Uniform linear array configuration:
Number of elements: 12
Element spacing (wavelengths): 0.25
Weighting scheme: cosine
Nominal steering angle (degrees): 45
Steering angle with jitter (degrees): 46.683
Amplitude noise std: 0.05
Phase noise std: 0.05

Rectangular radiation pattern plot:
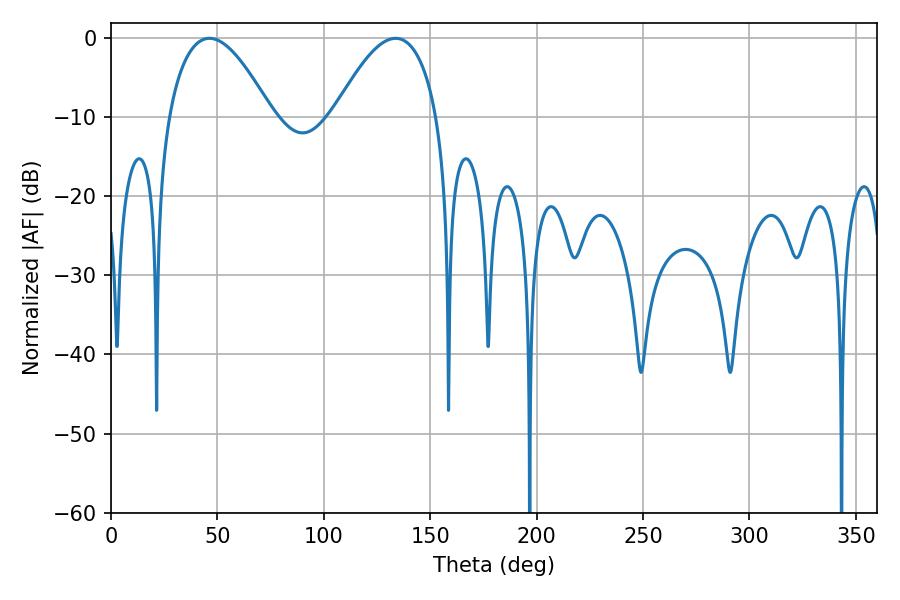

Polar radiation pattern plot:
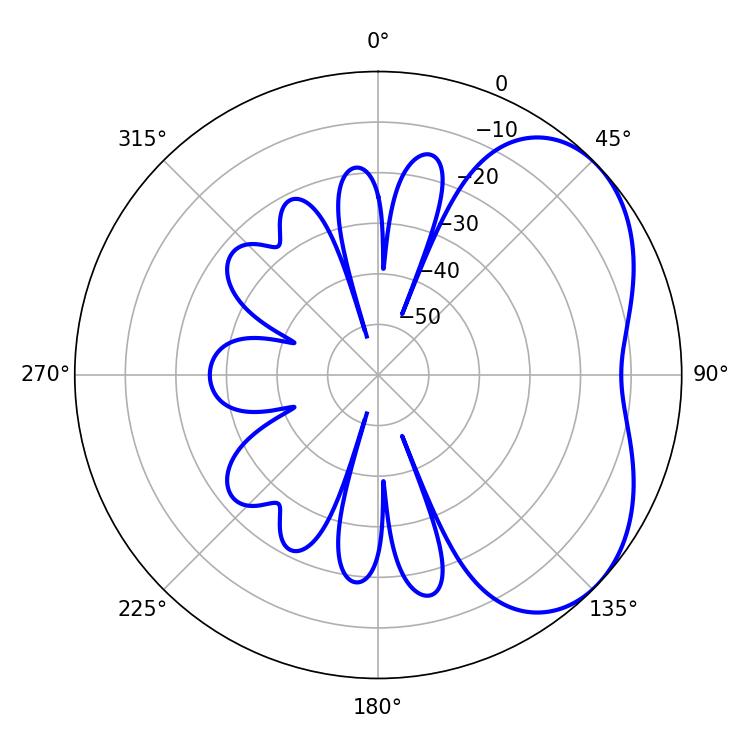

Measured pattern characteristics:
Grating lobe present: FALSE
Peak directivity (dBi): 4.181
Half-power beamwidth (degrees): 26.64
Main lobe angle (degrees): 46.26